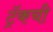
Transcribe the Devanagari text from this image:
ट्रॅकची